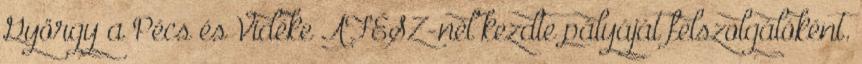
György a Pécs és Vidéke ÁFÉSZ-nél kezdte pályáját felszolgálóként.